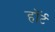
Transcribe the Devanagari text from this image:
हाॅर्ट